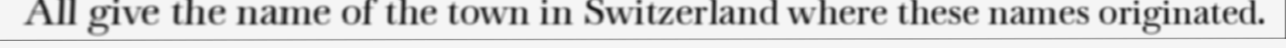
All give the name of the town in Switzerland where these names originated.